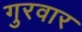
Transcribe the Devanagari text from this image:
गुरवार